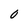
Character: O